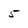
Character: 5